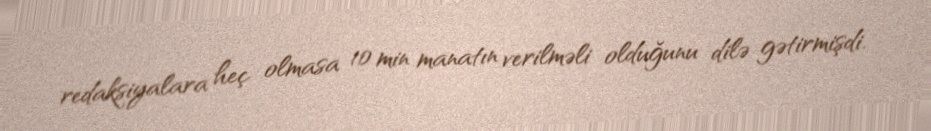
redaksiyalara heç olmasa 10 min manatın verilməli olduğunu dilə gətirmişdi.